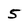
Character: 5